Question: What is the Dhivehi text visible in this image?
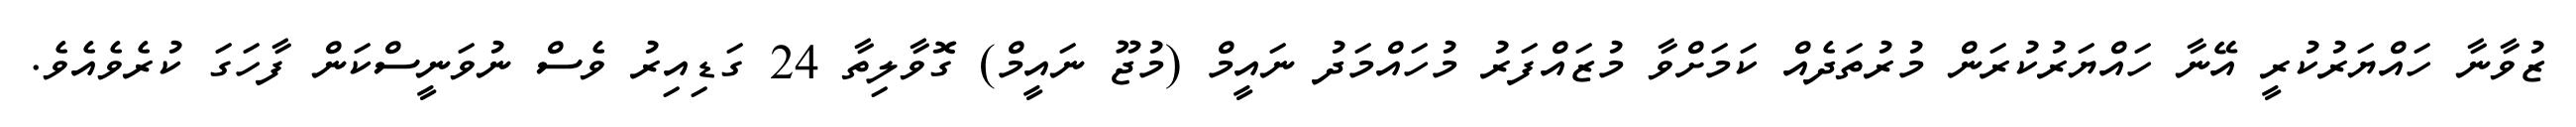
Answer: ޒުވާނާ ހައްޔަރުކުރީ އޭނާ ހައްޔަރުކުރަން މުރުތަދެއް ކަމަށްވާ މުޒައްފަރު މުހައްމަދު ނައީމް (މުޖޫ ނައީމް) ގޮވާލިތާ 24 ގަޑިއިރު ވެސް ނުވަނީސްކަން ފާހަގަ ކުރެވެއެވެ.